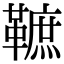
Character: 䩾